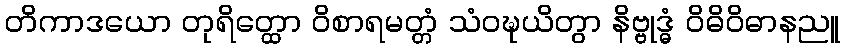
တိကာဒယော တုရိတ္ထော ဝိစာရမတ္တံ သံဝဍ္ဎယိတွာ နိဗ္ဗုဒ္ဓံ ဝိဓိဝိဓာနညူ